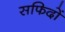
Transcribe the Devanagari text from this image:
सफिदों